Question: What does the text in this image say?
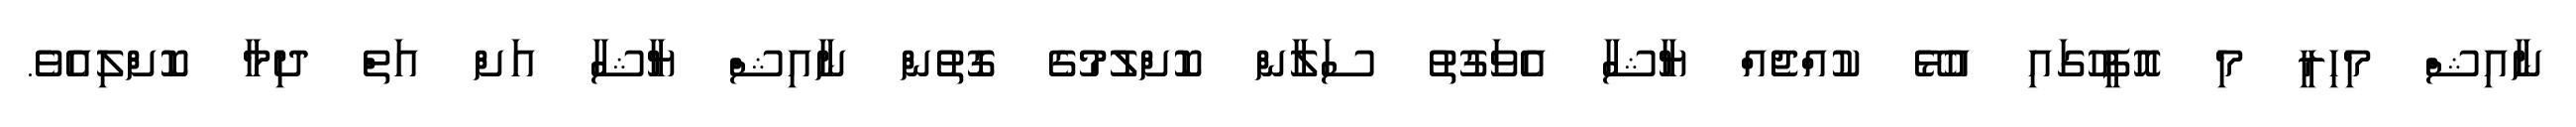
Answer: ނާއިޝް މިހިރީ މި އޮފީހުގައި އުޅޭ ކުއްޖެއް ޔާޝާ އެވަގުތު ސަލާން ކޮށްލުމުގެ ގޮތުން ނާއިޝް ޔާޝާ އަށް އަތް ދިމާ ކޮށްލިއެވެ.